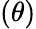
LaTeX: (\theta)